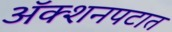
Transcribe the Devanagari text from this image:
अॅक्शनपटात